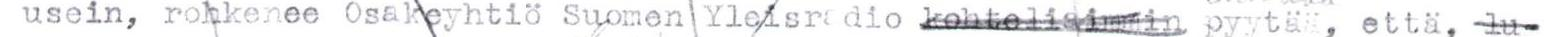
usein, rohkenee Osakeyhtiö Suomen Yleisradio kohteliaimmin pyytä , että lu-